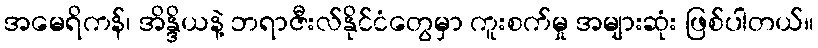
အမေရိကန်၊ အိန္ဒိယနဲ့ ဘရာဇီးလ်နိုင်ငံတွေမှာ ကူးစက်မှု အများဆုံး ဖြစ်ပါတယ်။